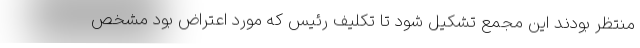
منتظر بودند این مجمع تشکیل شود تا تکلیف رئیس که مورد اعتراض بود مشخص